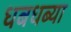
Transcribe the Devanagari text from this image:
धबधब्या